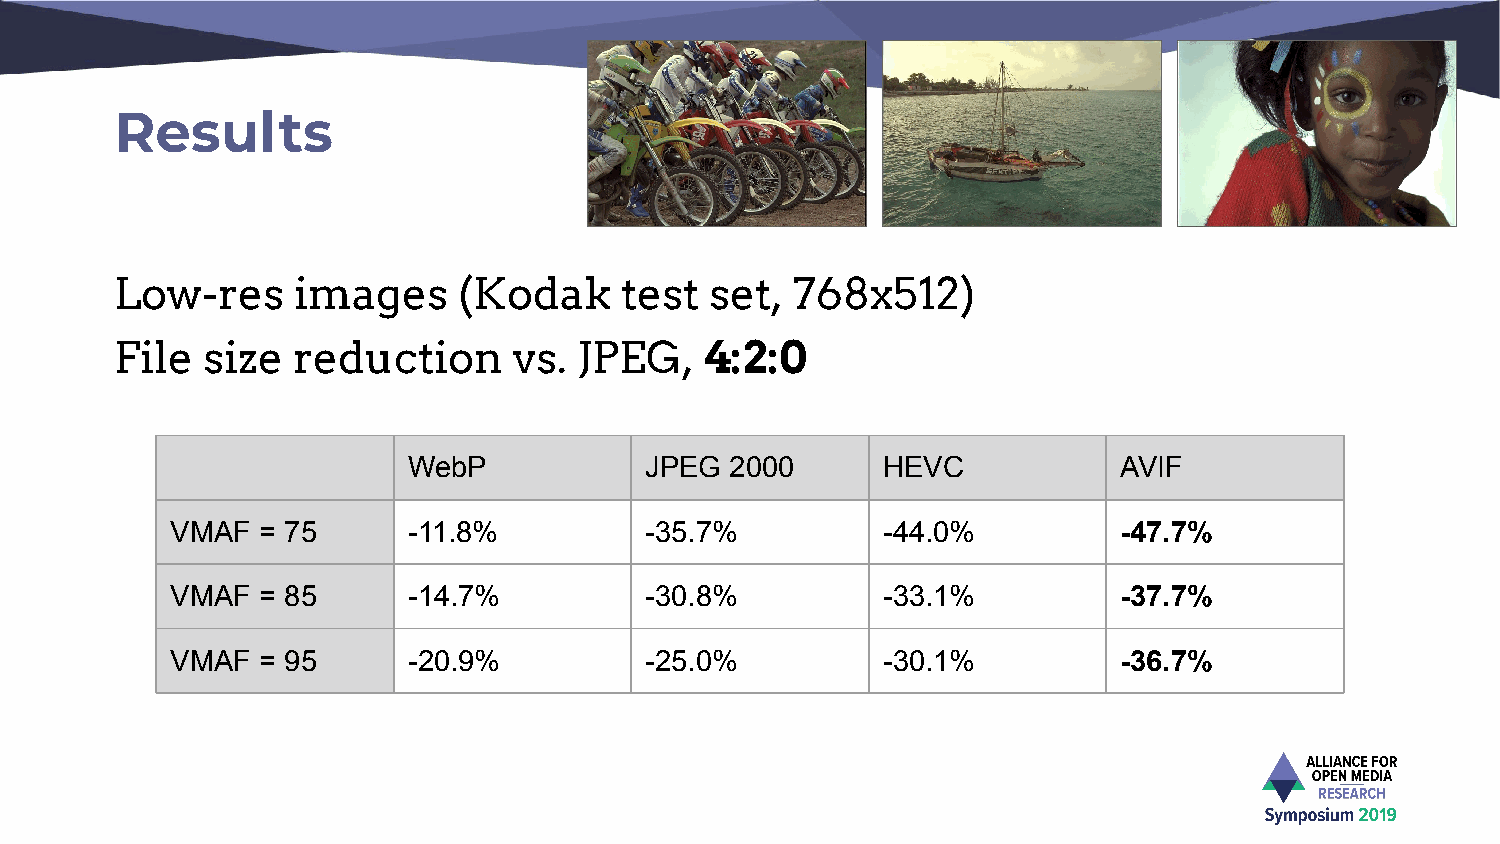
Results
 Low-res     images    (Kodak     test  set,  768x512)
 File size  reduction      vs. JPEG,    4:2:0
 WebP            JPEG 2000      HEVC            AVIF
 VMAF  = 75      -11.8%          -35.7%         -44.0%          -47.7%
 VMAF  = 85      -14.7%          -30.8%         -33.1%          -37.7%
 VMAF  = 95      -20.9%          -25.0%         -30.1%          -36.7%